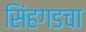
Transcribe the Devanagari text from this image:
सिंहगडचा